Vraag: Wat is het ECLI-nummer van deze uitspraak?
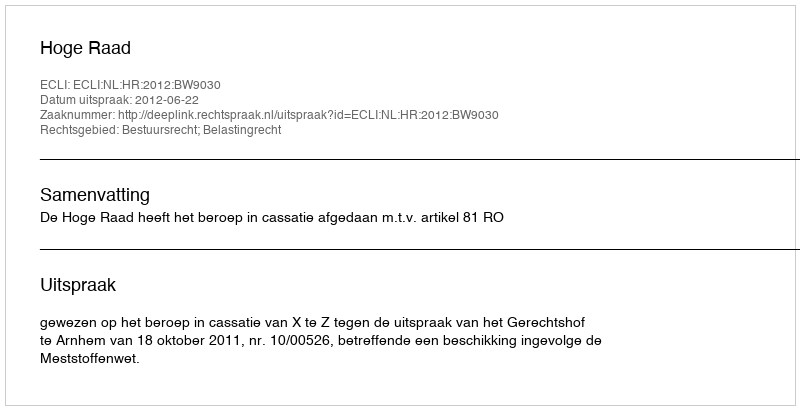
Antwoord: ECLI:NL:HR:2012:BW9030